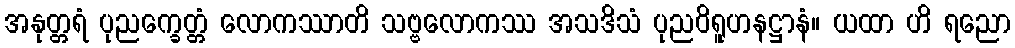
အနုတ္တရံ ပုညက္ခေတ္တံ လောကဿာတိ သဗ္ဗလောကဿ အသဒိသံ ပုညဝိရူဟနဋ္ဌာနံ။ ယထာ ဟိ ရညော